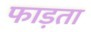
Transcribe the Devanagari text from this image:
फाड़ता